Reports on military cantonments and civil stations in the Presidency of Bombay inspected by the Sanitary Commissioner in the years 1875 and 1876
Year: 1875
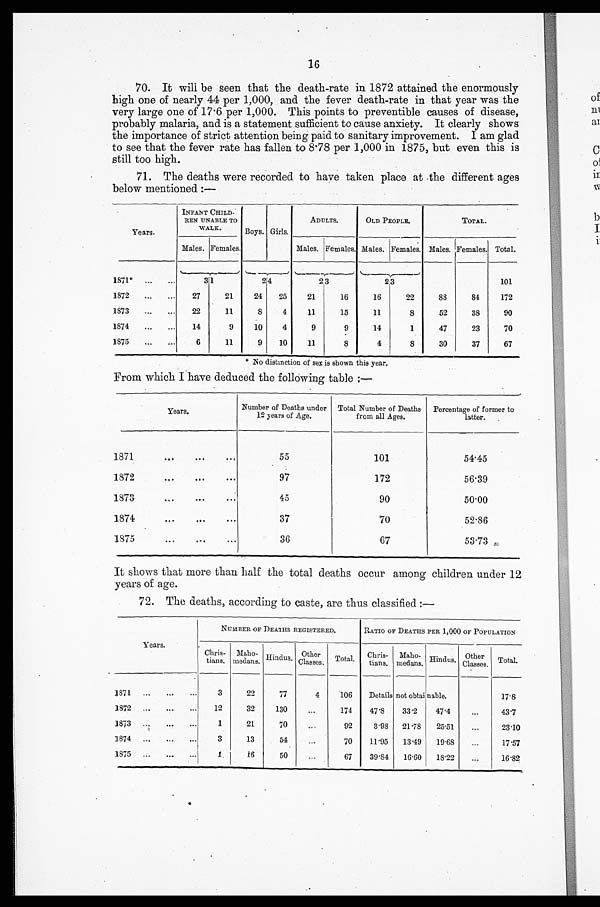
16
70. It will be seen that the death-rate in 1872 attained the enormously
high one of nearly 44 per 1,000, and the fever death-rate in that year was the
very large one of 17 . 6 per 1,000. This points to preventible causes of disease,
probably malaria, and is a statement sufficient to cause anxiety. It clearly shows
the importance of strict attention being paid to sanitary improvement. I am glad
to see that the fever rate has fallen to 8 . 78 per 1,000 in 1875, but even this is
still too high.
71. The deaths were recorded to have taken place at the different ages
below mentioned :—
Years.
INFANT CHILD-
REN UNABLE TO
WALK.
Boys. Girls.
ADULTS.
OLD PEOPLE.
TOTAL.
Males. Females.
Males. Females. Males. Females. Males. Females. Total.
1871* ...
...
31
2 4
2 3
23
101
1872
...
...
27
21
24
25
21
16
16
22
88
84
172
1873
...
...
22
11
8
4
11
15
11
8
52
38
90
1874
...
...
14
9
10
4
9
9
14
1
47
23
70
1875
...
...
6
11
9
10
11
8
4
8
30
37
67
* No distinction of sex is shown this year.
From which I have deduced the following table :—
Y e a r s .
Number of Deaths under
12 years of Age.
Total Number of Deaths
from all Ages.
Percentage of former to
latter.
1871
...
...
...
55
101
54.45
1872
97
172
56.39
1873
...
...
.
4 5
90
50.00
1874
...
...
...
37
70
5 2 . 8 6
1875 ... ... ...
36
67
53.73
It shows that more than half the total deaths occur among children under 12
years of age.
72. The deaths, according to caste, are thus classified :—
Years.
NUMBER OF DEATHS REGISTERED.
RATIO OF DEATHS PER 1,000 OF POPULATION
Chris-
tians.
Maho-
medans. Hindus. Other
Classes. Total. Chris-
tians.
Maho-
medans. Hinclus. Other
Classes. Total.
1871 ...
...
...
3
22
77
4
106
Details not obtai nable.
17.8
1872 ...
...
12
32
130
...
174
47.8
33.2
47.4
43.7
1873
...
1
21
70
..,
92
3.98
21 .78
25.51
...
23.10
1874 ...
...
3
13
54
...
70
11.95
13 .49
19.68
...
17.57
1875 ...
.,.
1
16
50
...
67
39.84
16 . 60
18 .22
...
16.82